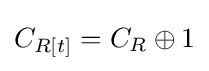
C_{R[t]}=C_{R}\oplus 1